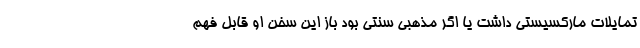
تمایلات مارکسیستی داشت یا اگر مذهبی سنتی بود باز این سخن او قابل فهم